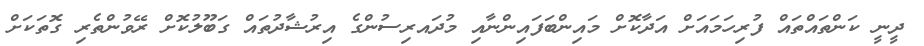
ދީނީ ކަންތައްތައް ފުރިހަމައަށް އަދާކޮށް މައިންބަފައިންނާއި މުދައރިސުންގެ އިރުޝާދުތައް ގަބޫލުކޮށް ރޭވުންތެރި ގޮތަކަށް